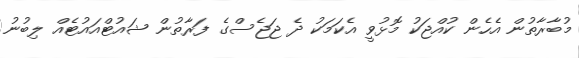
މުބާރާތުން އެހެން ކުއްޖަކު މޮޅުވީ އެކަމަކު ދެ ޖަޖެސްގެ ފަރާތުން ޝައުޓްއައުޓެއް ލިބުނު